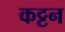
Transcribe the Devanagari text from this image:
कट्टन